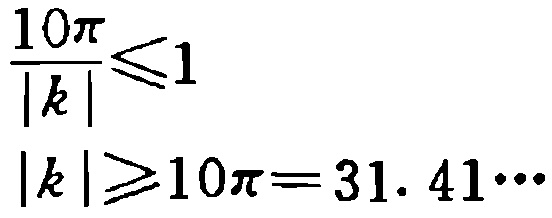
\[\frac{10\pi}{|k|}\leqslant1\]

\[|k|\geqslant10\pi = 31.41\cdots\]